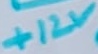
Text: +12V